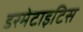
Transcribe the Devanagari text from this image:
डरमेटाइटिस